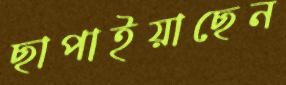
ছাপাইয়াছেন